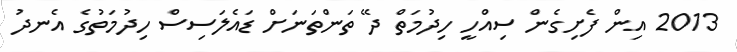
2013 އިން ފެށިގެން ސިއްހީ ހިދުމަތް ދޭ ތަންތަނަށް ޑައެލަސިސް ހިދުމަތުގެ އެނދު